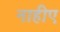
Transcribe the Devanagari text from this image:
नाहीए